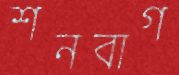
শনবাগ